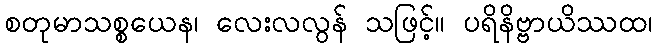
စတုမာသစ္စယေန၊ လေးလလွန် သဖြင့်။ ပရိနိဗ္ဗာယိဿထ၊